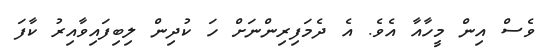
ވެސް އިން މީހާއާ އެވެ. އެ ދެމަފިރިންނަށް ހަ ކުދިން ލިބިފައިވާއިރު ކާފަ